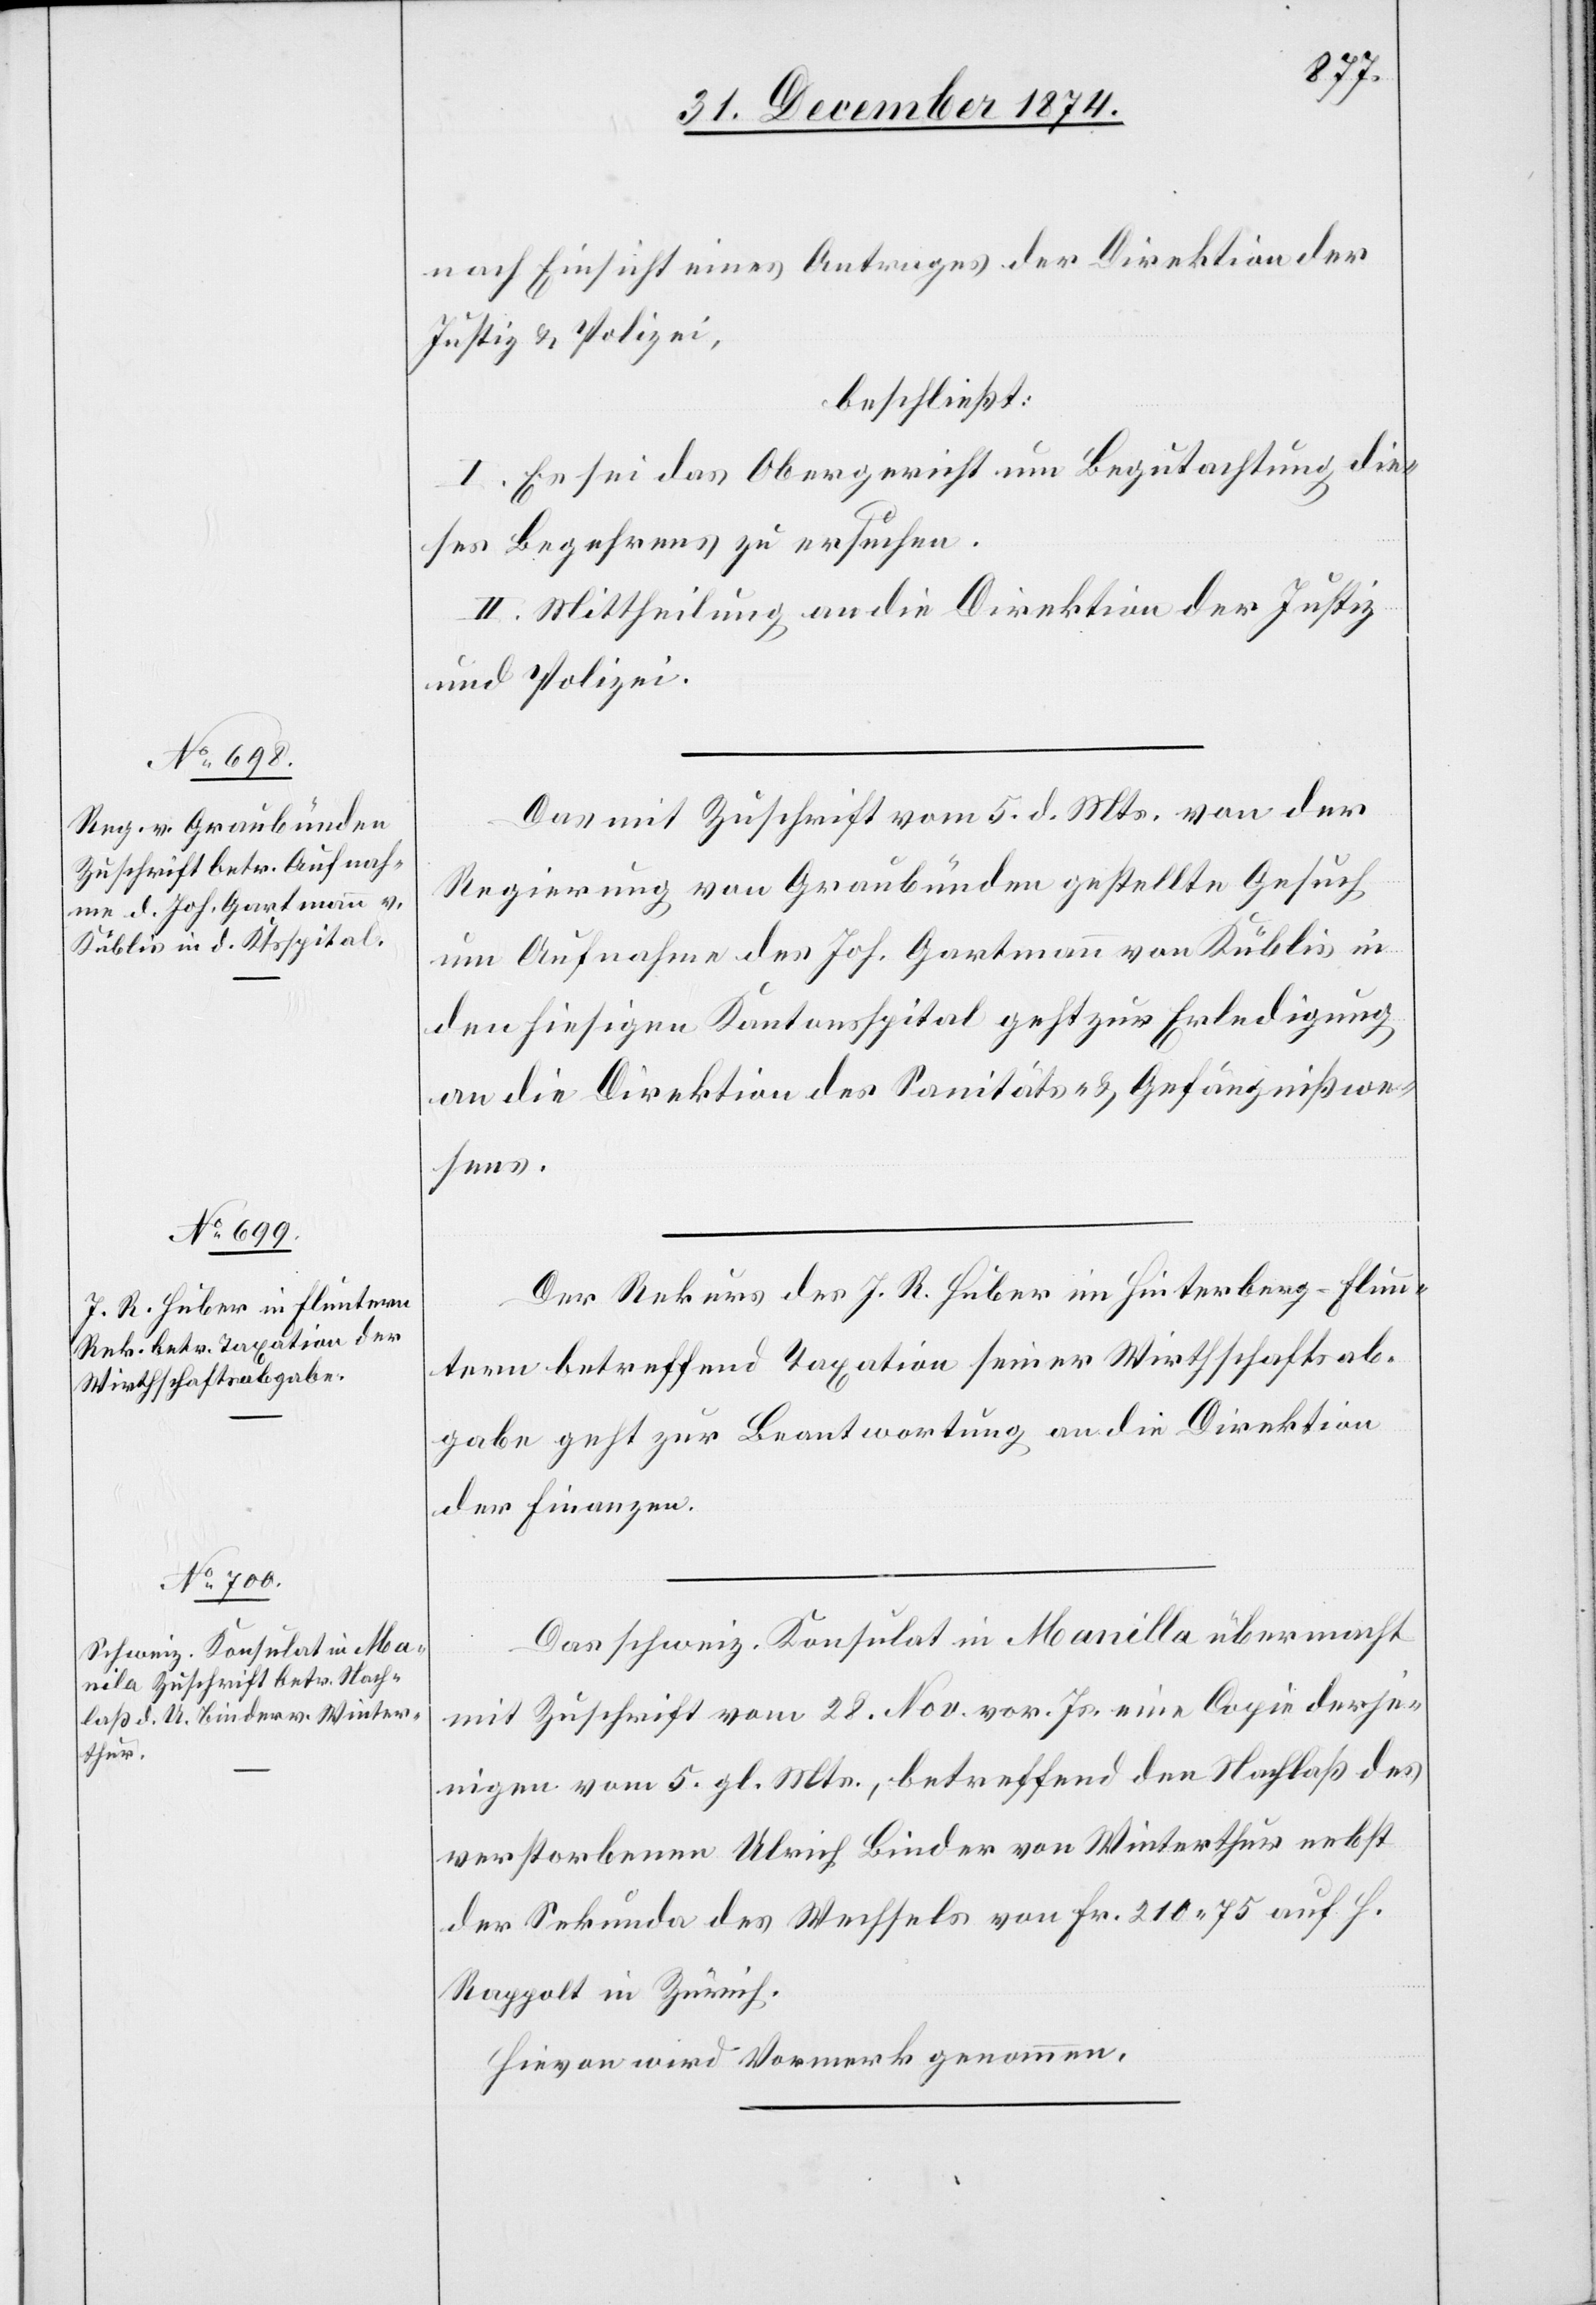
nach Einsicht eines Antrages der Direktion der
Justiz & Polizei,
beschließt:
I. Es sei das Obergericht um Begutachtung die¬
ses Begehrens zu ersuchen.
II. Mittheilung an die Direktion der Justiz
und Polizei.
Das mit Zuschrift vom 5. d. Mts. von der
Regierung von Graubünden gestellte Gesuch
um Aufnahme des Joh. Gartmann von Küblis in
den hiesigen Kantonsspital geht zur Erledigung
an die Direktion des Sanitäts- & Gefängnißwe¬
sens.
Der Rekurs des J. R. Huber in Hinterberg - Flun¬
tern betreffend Taxation seiner Wirthschaftsab¬
gabe geht zur Beantwortung an die Direktion
der Finanzen.
Das schweiz. Konsulat in Manilla [sic!] übermacht
mit Zuschrift vom 28. Nov. vor. Js. eine Copie derje¬
nigen vom 5. gl. Mts., betreffend den Nachlaß des
verstorbenen Ulrich Binder von Winterthur nebst
der Sekunda des Wechsels von Fr. 210.75 auf H.
Rappolt in Zürich.
Hievon wird Vormerk genommen.